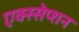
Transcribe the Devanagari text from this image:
एक्स्सेप्शन